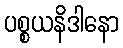
ပစ္စယနိဒါနော